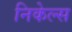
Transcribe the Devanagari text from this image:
निकेल्स